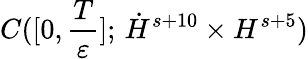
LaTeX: C([0,\frac{T}{\varepsilon}];\, \dot{H}^{s+10}\times H^{s+5})